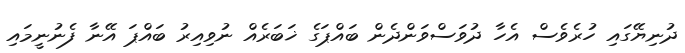
ދުނިޔޭގައި ހުރެވެސް އެހާ ދުވަސްވަންދެން ބައްޕަގެ ޚަބަރެއް ނުވިއިރު ބައްޕަ އޭނާ ފެނުނީމައި